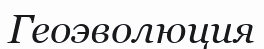
Геоэволюция